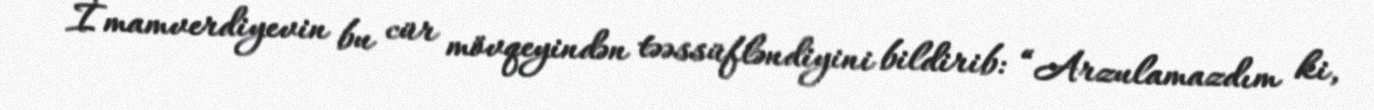
İmamverdiyevin bu cür mövqeyindən təəssüfləndiyini bildirib: “Arzulamazdım ki,